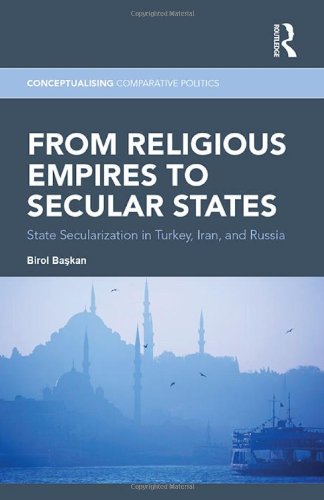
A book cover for From Religious Empires to Secular States: State Secularization in Turkey, Iran, and Russia (Conceptualising Comparative Politics); Birol Baskan; Religion & Spirituality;